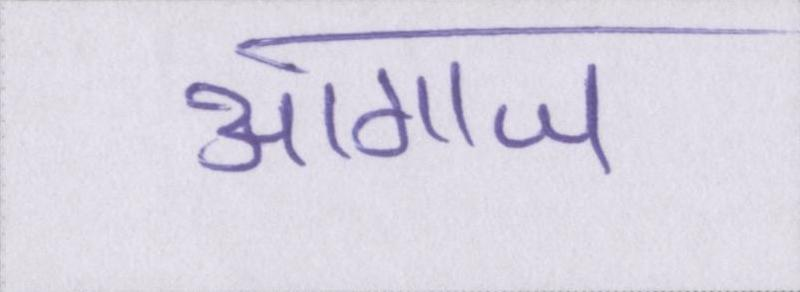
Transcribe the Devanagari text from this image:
आगाज